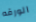
الورقه